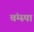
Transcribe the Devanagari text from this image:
चंग्स्पा